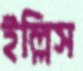
ইল্লিস